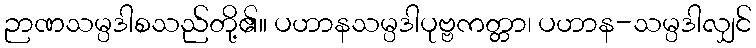
ဉာဏသမ္ပဒါစသည်တို့၏။ ပဟာနသမ္ပဒါပုဗ္ဗကတ္တာ၊ ပဟာန-သမ္ပဒါလျှင်